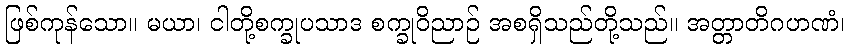
ဖြစ်ကုန်သော။ မယာ၊ ငါတို့စက္ခုပသာဒ စက္ခုဝိညာဉ် အစရှိသည်တို့သည်။ အတ္တာတိဂဟဏံ၊